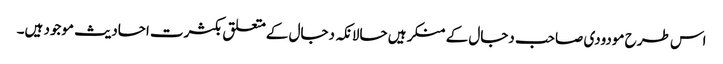
اس طرح مودودی صاحب دجال کے منکر ہیں حالانکہ دجال کےمتعلق بکثرت احادیث موجود ہیں۔